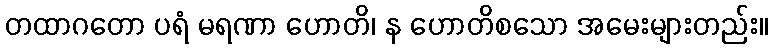
တထာဂတော ပရံ မရဏာ ဟောတိ၊ န ဟောတိစသော အမေးများတည်း။